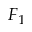
F _ { 1 }